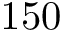
1 5 0